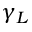
\gamma _ { L }